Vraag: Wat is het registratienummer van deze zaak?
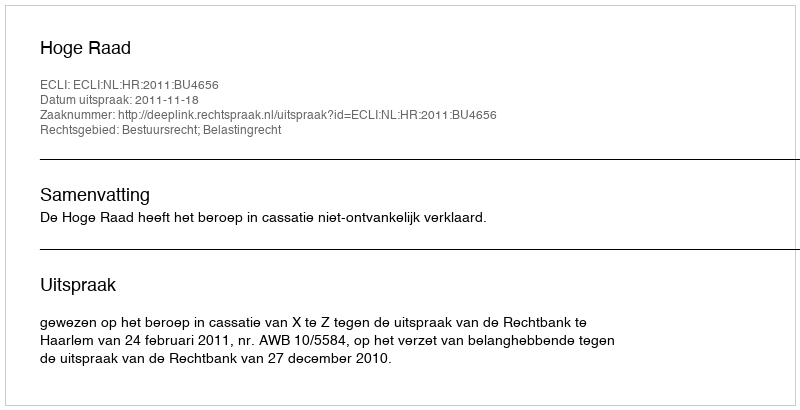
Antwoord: http://deeplink.rechtspraak.nl/uitspraak?id=ECLI:NL:HR:2011:BU4656